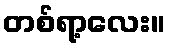
တစ်ရာ့လေး။